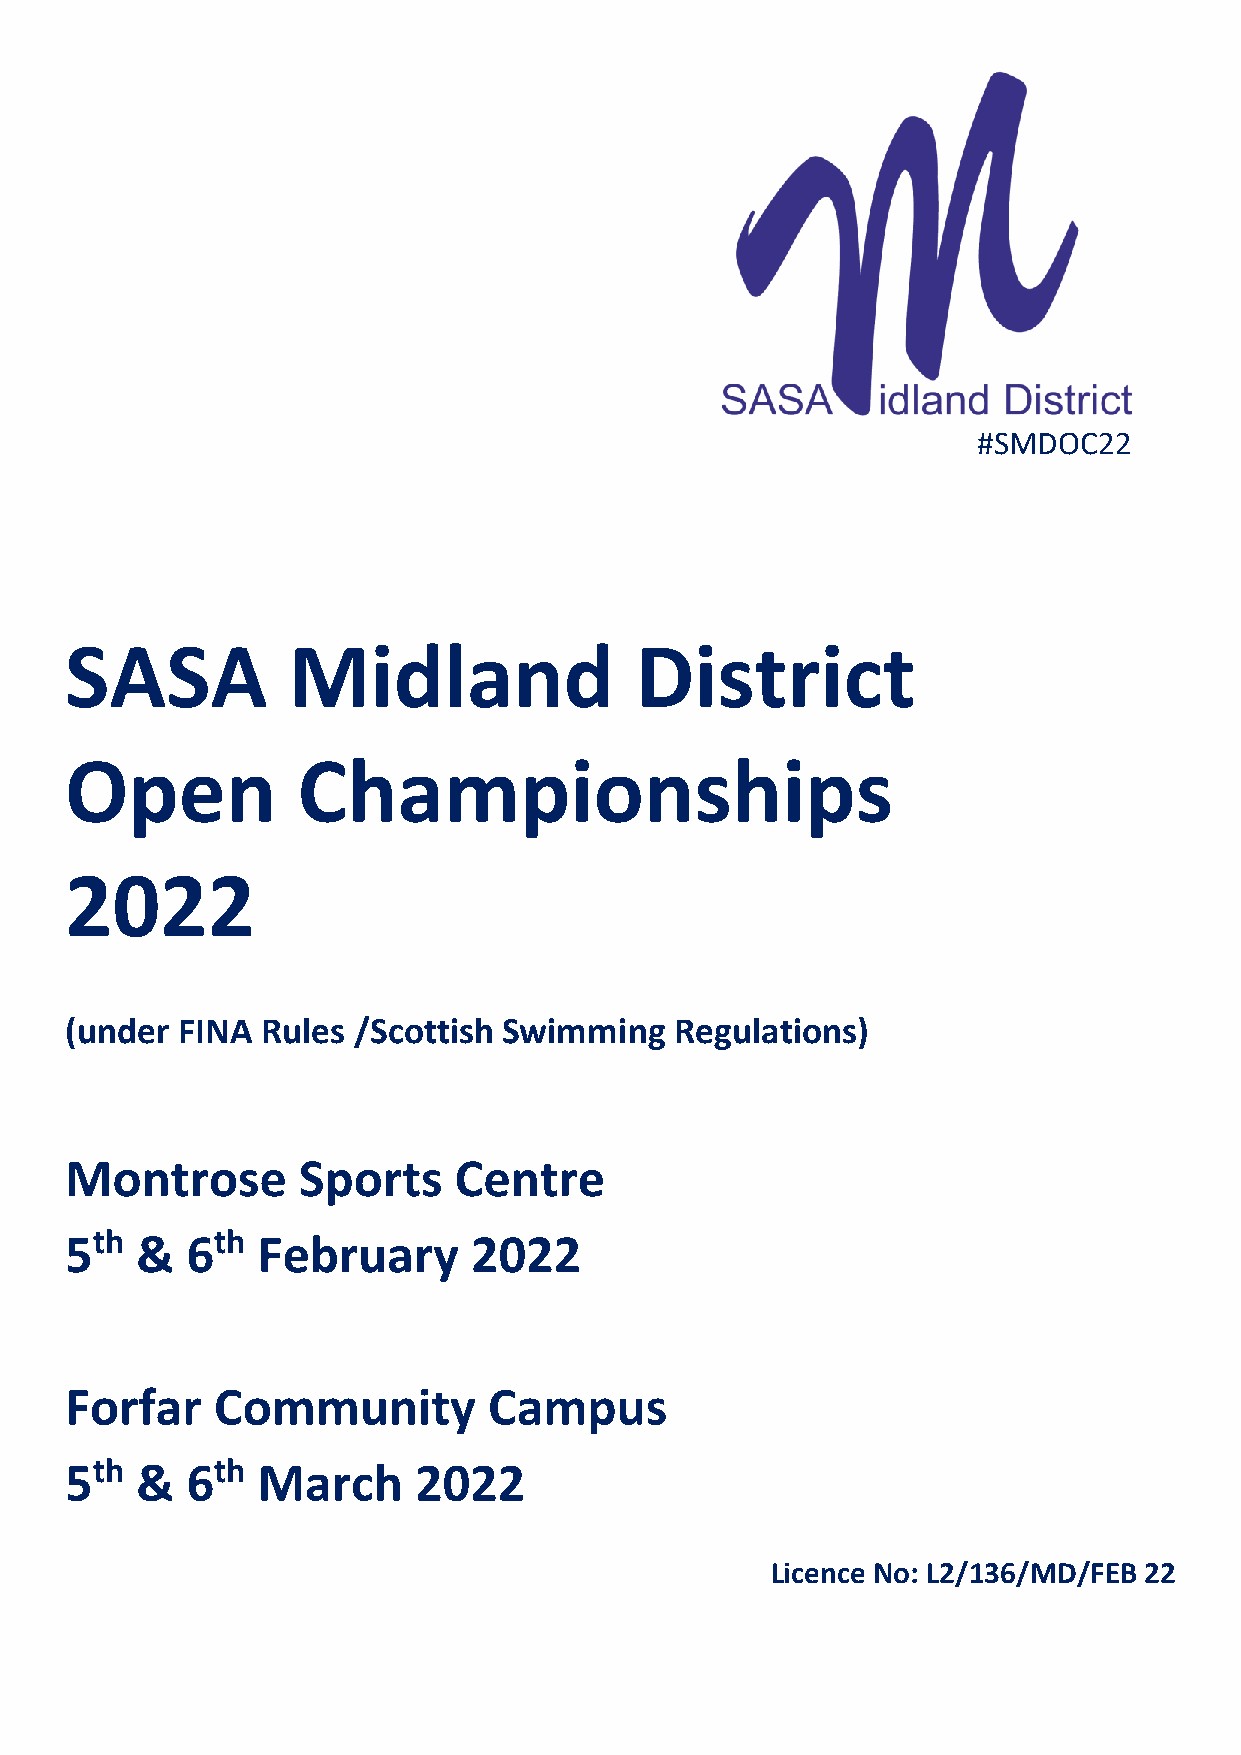
#SMDOC22
 SASA           Midland                District
 Open            Championships
 2022
 (under  FINA Rules /Scottish Swimming    Regulations)
 Montrose        Sports    Centre
 5th  &  6th  February      2022
 Forfar    Community         Campus
 5th  &  6th  March     2022
 Licence No: L2/136/MD/FEB 22